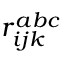
r _ { i j k } ^ { a b c }